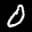
Label: 0